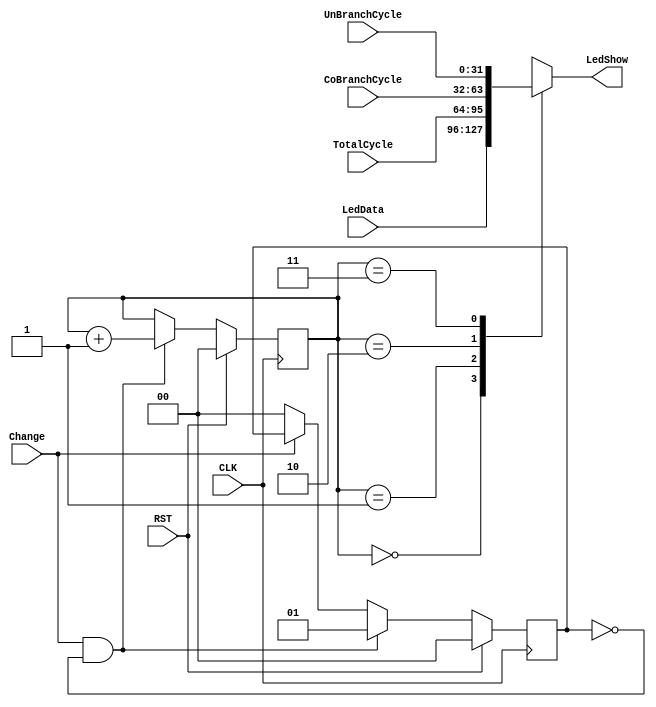
`timescale 1ns / 1ps
//////////////////////////////////////////////////////////////////////////////////
// Version: 2.20 21:00
//
//
//////////////////////////////////////////////////////////////////////////////////

module LedSwitcher(
    input wire [31:0] LedData,
    input wire [31:0] TotalCycle,
    input wire [31:0] CoBranchCycle,
    input wire [31:0] UnBranchCycle,
    input wire CLK,
    input wire RST,
    input wire Change,
    output reg [31:0] LedShow
    );
    reg [1:0]status,flag;
    always@(posedge CLK)begin
        if(RST) begin
            flag <= 0;
            status <= 2'b00;
        end
        else begin
            if(Change && !flag) begin
                flag <= 1;
                status <= status + 2'b01;
            end
            else if(!Change)begin
                flag <= 0;
            end
        end
    end
//    always @(posedge Change or ) begin
//        status <= status + 2'b01;
//    end
    always @(status) begin
        case(status)
            2'b00: LedShow <= LedData;
            2'b01: LedShow <= TotalCycle;
            2'b10: LedShow <= CoBranchCycle;
            2'b11: LedShow <= UnBranchCycle;
            default: LedShow <= LedData;
        endcase
    end
endmodule